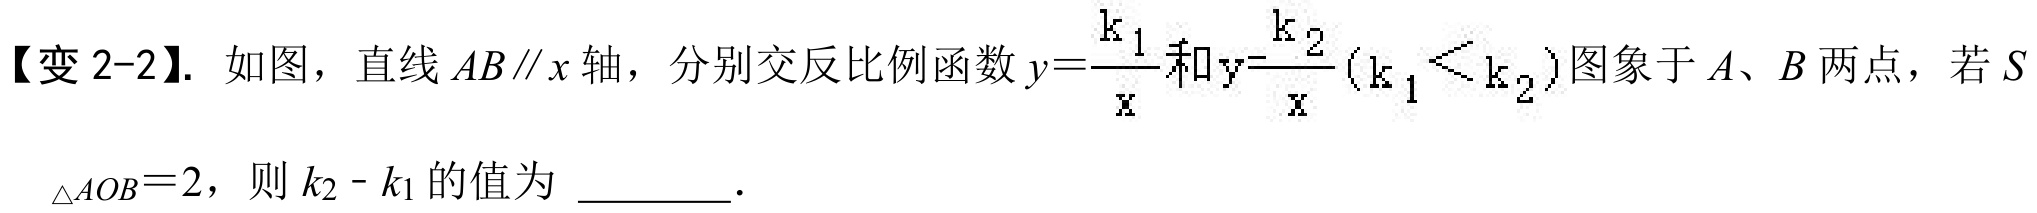
【变 2-2】. 如图，直线 \(AB\parallel x\) 轴，分别交反比例函数 \(y = \frac{k_{1}}{x}\) 和 \(y=\frac{k_{2}}{x}(k_{1}<k_{2})\) 图象于 \(A\)、\(B\) 两点，若 \(S\)
\(_{\triangle AOB}=2\)，则 \(k_{2}-k_{1}\) 的值为 ________.